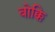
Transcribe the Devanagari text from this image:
बोक्कि